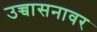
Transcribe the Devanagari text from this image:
उच्चासनावर